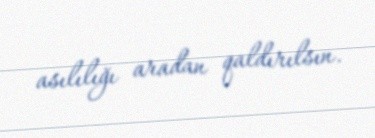
asılılığı aradan qaldırılsın.